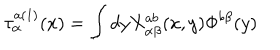
\tau _ { \alpha } ^ { a ( 1 ) } ( x ) = \int d y X _ { \alpha \beta } ^ { a b } ( x , y ) \Phi ^ { b \beta } ( y )